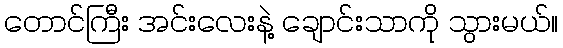
တောင်ကြီး အင်းလေးနဲ့ ချောင်းသာကို သွားမယ်။